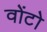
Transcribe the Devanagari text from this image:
वोंटो